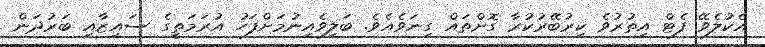
އެކުލެވޭ ފެޓް އިތުރުވެ ކިރުބޭރުކުރާ ގޮށްތައް ގިނަވެއެވެ. ބަލިވެއިނުމަށްފަހު އުރަމަތީގެ ސައިޒާއި ބަރުދަން